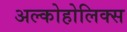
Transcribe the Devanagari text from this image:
अल्कोहोलिक्स